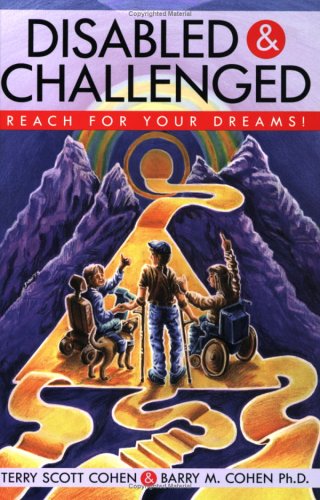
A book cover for Disabled & Challenged: Reach For Your Dreams!; Terry Scott Cohen; Teen & Young Adult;